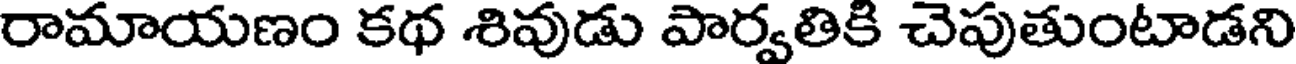
రామాయణం కథ శివుడు పార్వతికి చెపుతుంటాడని